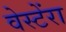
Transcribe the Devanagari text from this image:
वेस्टेंरा